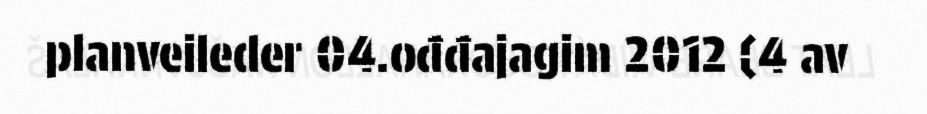
planveileder 04.ođđajagim 2012 (4 av